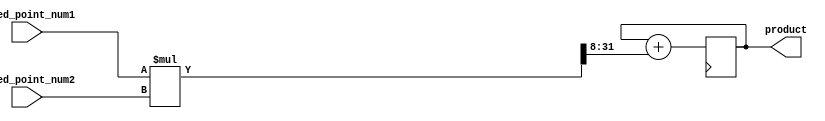
module fixed_point_multiplier (
  input [15:0] fixed_point_num1,
  input [15:0] fixed_point_num2,
  output reg [31:0] product
);

reg [31:0] partial_product = 0;
reg [7:0] scaling_factor = 8;

always @(*) begin
  partial_product = fixed_point_num1 * fixed_point_num2;
end

always @(posedge clk) begin
  product <= product + (partial_product >> scaling_factor);
end

endmodule